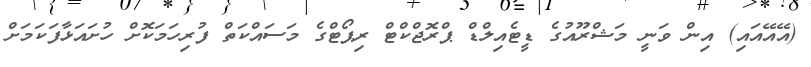
(އޭއޭއައި) އިން ވަނީ މަޝްރޫއުގެ ޑީޓެއިލްޑް ޕްރޮޖްކްޓް ރިޕޯޓްގެ މަސައްކަތް ފުރިހަމަކޮށް ހުށައަޅާފަކަމަށް